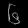
Digit: ၆